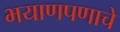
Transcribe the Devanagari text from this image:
भयाणपणाचे